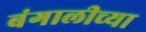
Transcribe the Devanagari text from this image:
बंगालीच्या